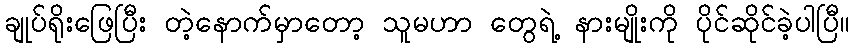
ချုပ်ရိုးဖြေပြီး တဲ့နောက်မှာတော့ သူမဟာ တွေရဲ့ နားမျိုးကို ပိုင်ဆိုင်ခဲ့ပါပြီ။